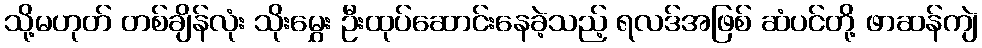
သို့မဟုတ် တစ်ချိန်လုံး သိုးမွှေး ဦးထုပ်ဆောင်းနေခဲ့သည့် ရလဒ်အဖြစ် ဆံပင်တို့ ဖာဆန်ကျဲ